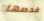
فحصها